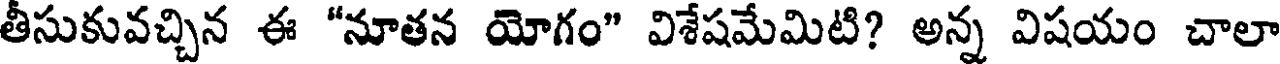
తీసుకువచ్చిన ఈ "నూతన యోగం" విశేషమేమిటి? అన్న విషయం చాలా